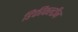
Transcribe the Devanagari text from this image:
डिफीकल्टीज